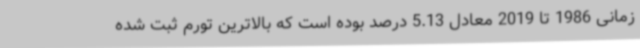
زمانی 1986 تا 2019 معادل 5.13 درصد بوده است که بالاترین تورم ثبت شده